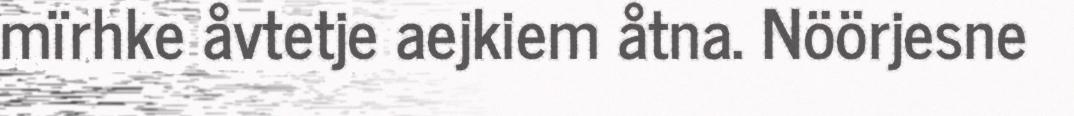
mïrhke åvtetje aejkiem åtna. Nöörjesne